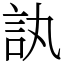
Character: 訙